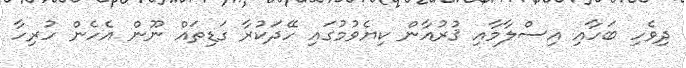
ދިވެހި ބަހާއި އިސްލާމާއި ޤުރުއާން ކިޔެވުމުގައި ހޭދަކުރާ ގަޑިތައް ނޫން އެހެން ހުރިހާ